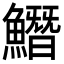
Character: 𩻛